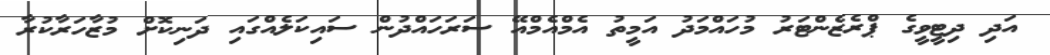
އަދި ދިޓީވީގެ ޕްރެޒެންޓަރު މުހައްމަދު އަމީތު އެމްއެމްއޭ ސަރަހައްދުން ސައިކަލެއްގައި ދަނިކޮށް މުޒާހަރާކުރާ